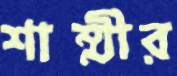
শাম্মীর